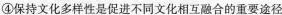
④保持文化多样性是促进不同文化相互融合的重要途径